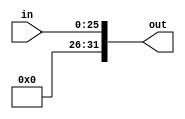
module extend (
	input [25:0] in,  
	output [31:0] out	
);

assign out = {6'b000000,in};

endmodule